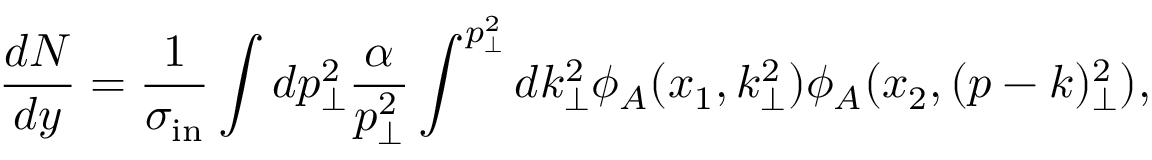
\frac { d N } { d y } = \frac { 1 } { \sigma _ { \mathrm { { i n } } } } \int d p _ { \perp } ^ { 2 } \frac { \alpha } { p _ { \perp } ^ { 2 } } \int ^ { p _ { \perp } ^ { 2 } } d k _ { \perp } ^ { 2 } \phi _ { A } ( x _ { 1 } , k _ { \perp } ^ { 2 } ) \phi _ { A } ( x _ { 2 } , ( p - k ) _ { \perp } ^ { 2 } ) ,